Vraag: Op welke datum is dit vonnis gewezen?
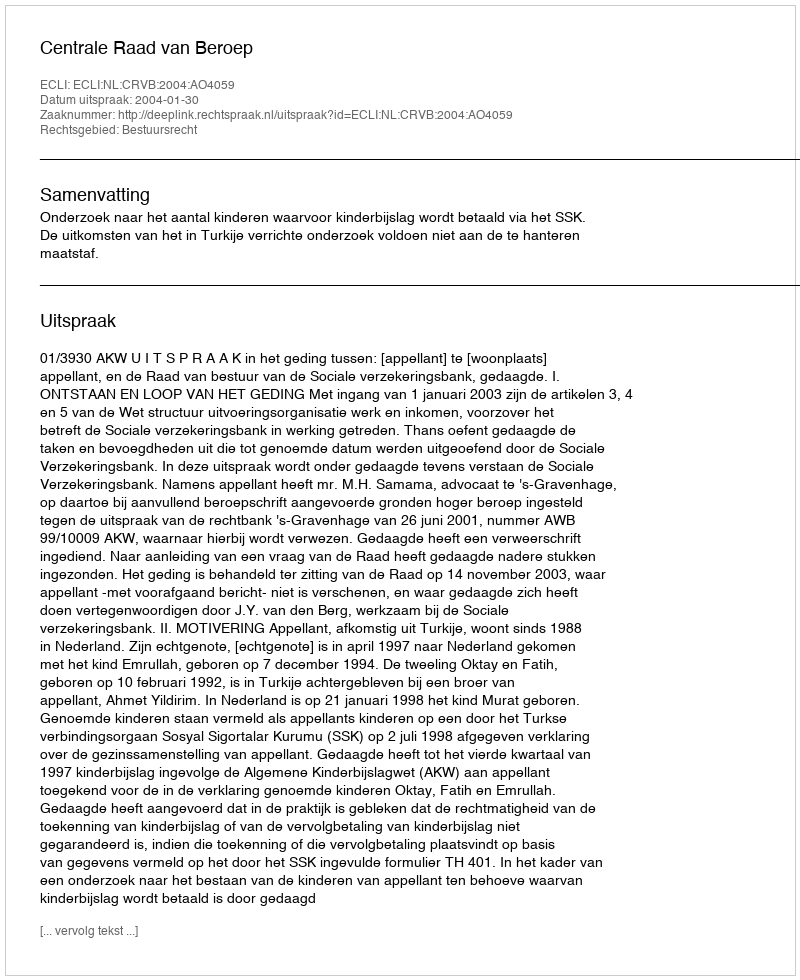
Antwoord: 2004-01-30